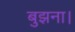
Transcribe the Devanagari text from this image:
बुझना।